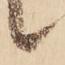
候